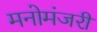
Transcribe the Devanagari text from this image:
मनोमंजरी